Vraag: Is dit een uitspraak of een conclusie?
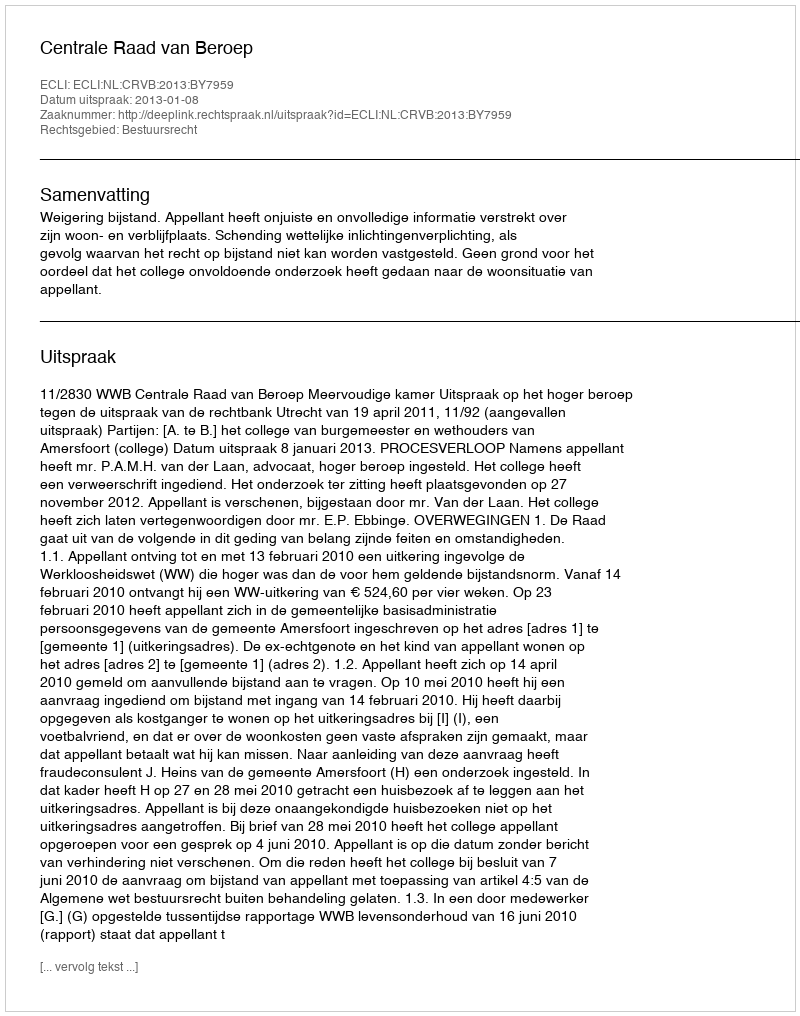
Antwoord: Uitspraak